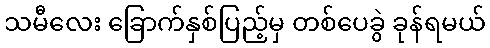
သမီလေး ခြောက်နှစ်ပြည့်မှ တစ်ပေခွဲ ခုန်ရမယ်